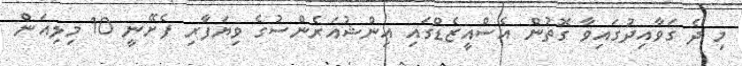
މި ދެ ގަވާއިދުގައިވާ ގޮތުން އެސްއީޒެޑްގައި އިންޝުއަރެންސުގެ ވިޔަފާރި ފެށޭނީ 10 މިލިއަން